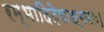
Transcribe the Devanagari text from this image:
रम्भादिदेवाङ्गनाः।